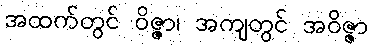
အထက်တွင် ဝိဇ္ဇာ၊ အကျတွင် အဝိဇ္ဇာ